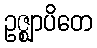
ဥဇ္ဈာပိတေ